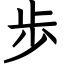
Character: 歩